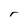
Character: r